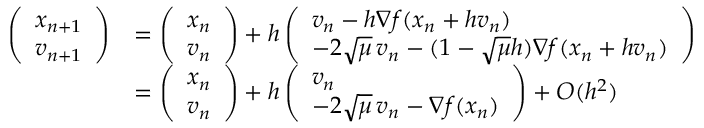
\begin{array} { r l } { \left( \begin{array} { l } { x _ { n + 1 } } \\ { v _ { n + 1 } } \end{array} \right) } & { = \left( \begin{array} { l } { x _ { n } } \\ { v _ { n } } \end{array} \right) + h \left( \begin{array} { l } { v _ { n } - h \nabla f ( x _ { n } + h v _ { n } ) } \\ { - 2 \sqrt \mu \, v _ { n } - ( 1 - \sqrt \mu h ) \nabla f ( x _ { n } + h v _ { n } ) } \end{array} \right) } \\ & { = \left( \begin{array} { l } { x _ { n } } \\ { v _ { n } } \end{array} \right) + h \left( \begin{array} { l } { v _ { n } } \\ { - 2 \sqrt \mu \, v _ { n } - \nabla f ( x _ { n } ) } \end{array} \right) + O ( h ^ { 2 } ) } \end{array}